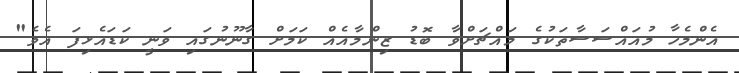
އެންމެހާ މުއައްސަސާތަކުގެ މައްޗަށްވާ ބޮޑު ޒިންމާއެއް ކަމަށް ގާނޫނުގައި ވަނީ ކަޑައެޅިފަ އެވެ"